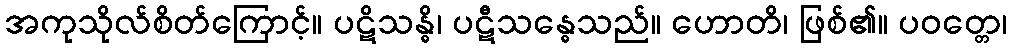
အကုသိုလ်စိတ်ကြောင့်။ ပဋိသန္ဓိ၊ ပဋီသန္ဓေသည်။ ဟောတိ၊ ဖြစ်၏။ ပဝတ္တေ၊